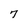
Character: 7